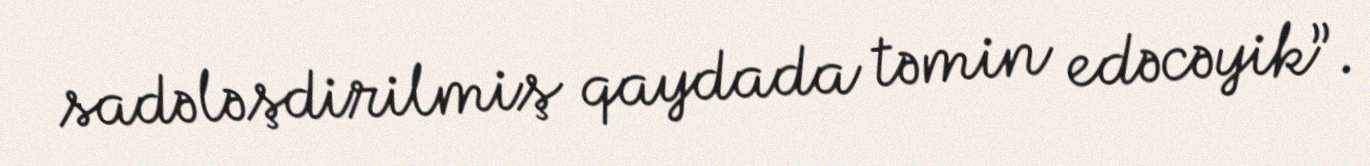
sadələşdirilmiş qaydada təmin edəcəyik”.